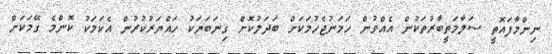
ނިންމާފައޮތީ ސަލާމަތީބާރުތަކުން އެއްވުން ހަމަނުޖެހުމަކަށް ބަދަލުކޮށް ގިނަބަޔަކު ހައްޔަރުކުރުން އެކަމަކު ކޮންމެ ގޭމަކަށް